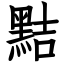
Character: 黠